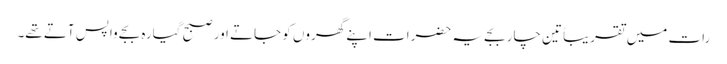
رات میں تقریباً تین چار بجے یہ حضرات اپنے گھروں کو جاتے اور صبح گیارہ بجے واپس آتے تھے۔